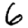
Digit: 6